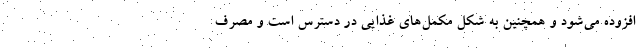
افزوده می‌شود و همچنین به شکل مکمل‌های غذایی در دسترس است و مصرف